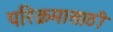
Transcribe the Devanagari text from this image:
परिक्रमासाठी